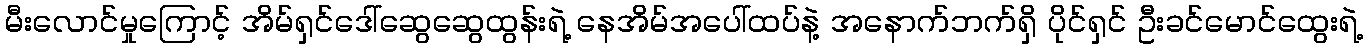
မီးလောင်မှုကြောင့် အိမ်ရှင်ဒေါ်ဆွေဆွေထွန်းရဲ့ နေအိမ်အပေါ်ထပ်နဲ့ အနောက်ဘက်ရှိ ပိုင်ရှင် ဦးခင်မောင်ထွေးရဲ့